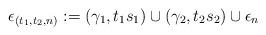
LaTeX: \begin{align*} \epsilon_{(t_{1},t_{2},n)}:=(\gamma_{1},t_{1}s_{1})\cup{(\gamma_{2},t_{2}s_{2})}\cup{\epsilon_{n}}\end{align*}